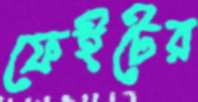
ফেইটের